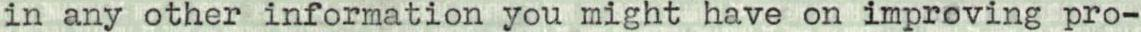
in any other information you might have on improving pro-